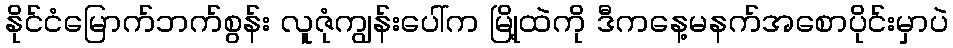
နိုင်ငံမြောက်ဘက်စွန်း လူဇုံကျွန်းပေါ်က မြို့ထဲကို ဒီကနေ့မနက်အစောပိုင်းမှာပဲ